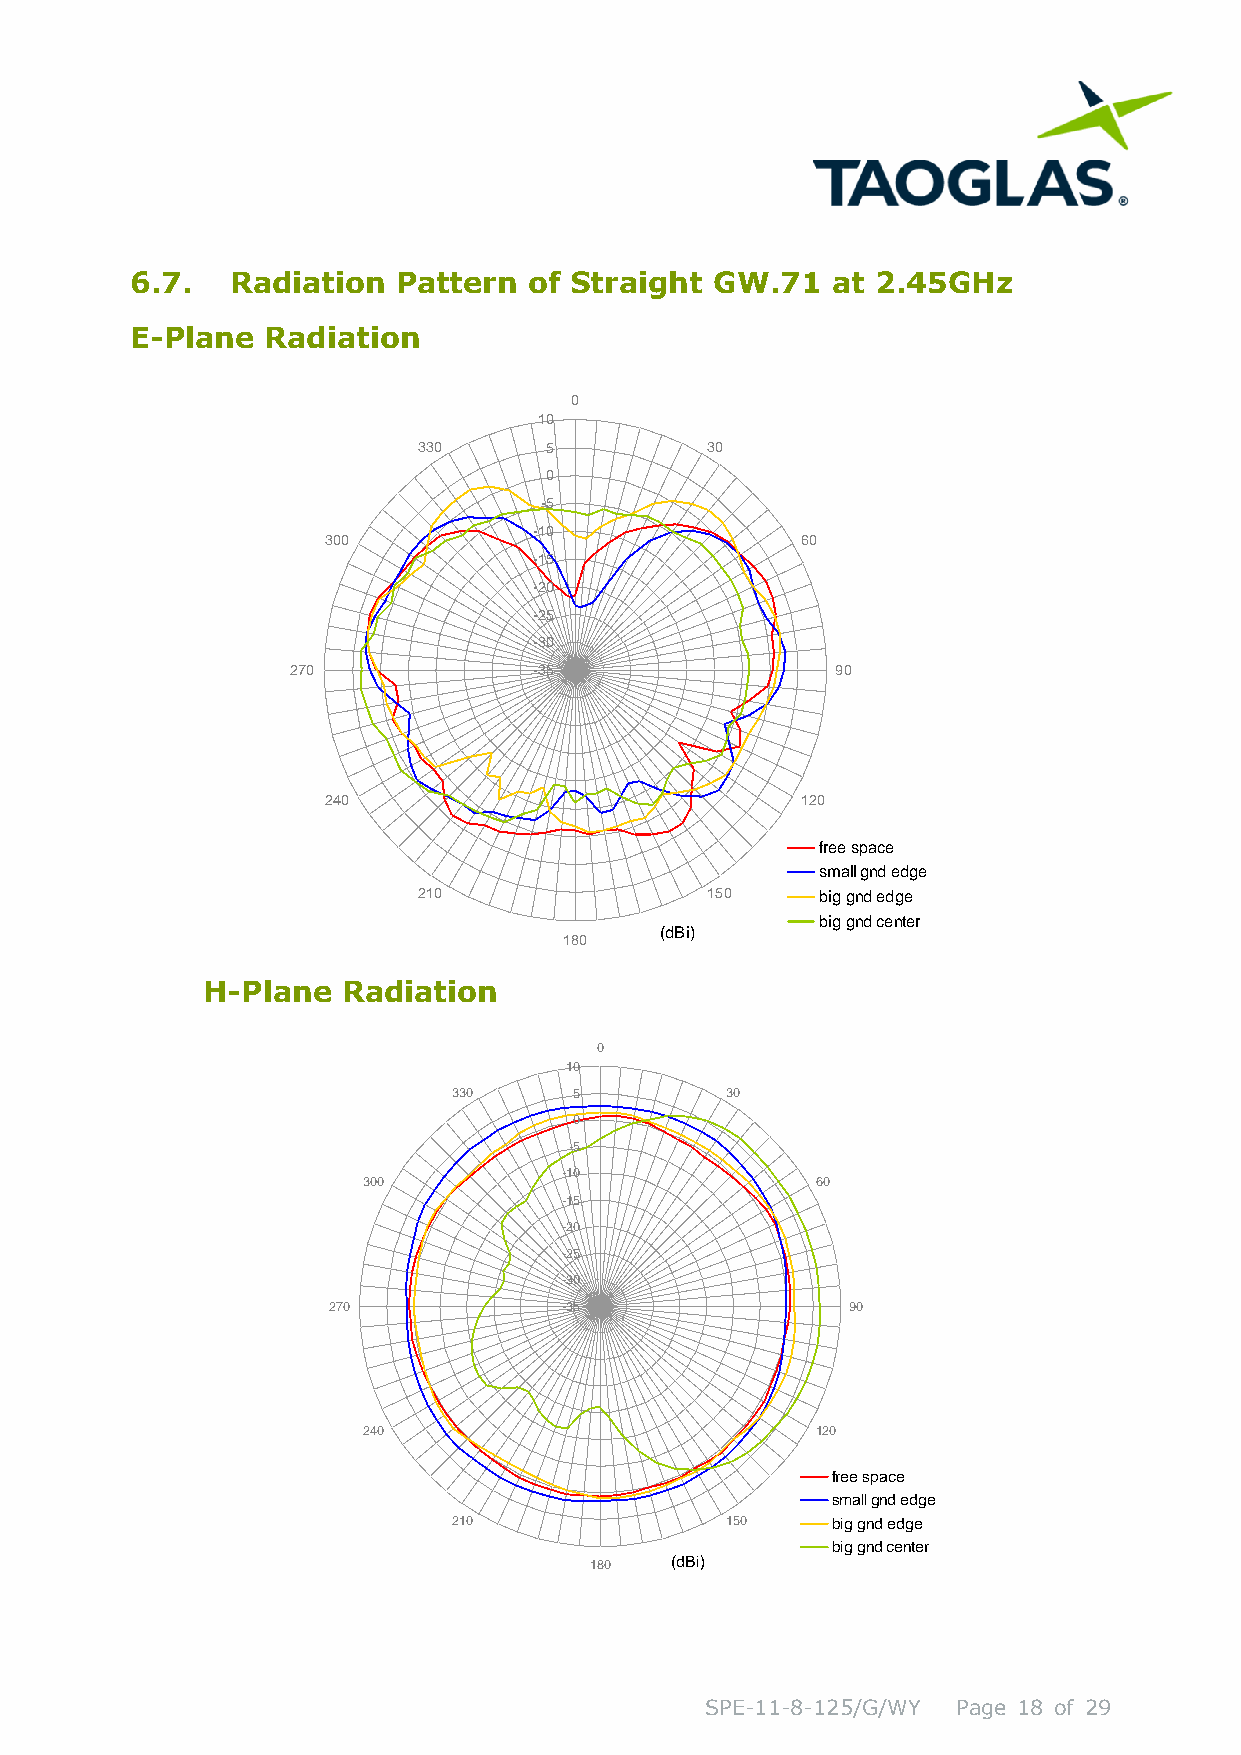
6.7.  Radiation  Pattern  of Straight GW.71   at 2.45GHz
 E-Plane Radiation
 0
 10
 330     5          30
 0
 -5
 -10
 300                             60
 -15
 -20
 -25
 -30
 270             -35                 90
 240                             120
 free space
 small gnd edge
 210                150    big gnd edge
 big gnd center
 (dBi)
 180
 H-Plane   Radiation
 0
 10
 330     5         30
 0
 -5
 -10
 300                           60
 -15
 -20
 -25
 -30
 270            -35                90
 240                           120
 free space
 small gnd edge
 210               150    big gnd edge
 big gnd center
 180  (dBi)
 SPE-11-8-125/G/WY Page 18 of 29